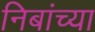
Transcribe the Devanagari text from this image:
निबांच्या